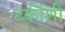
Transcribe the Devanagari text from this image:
टर्कीशी